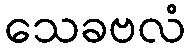
သေခဗလံ